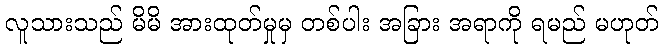
လူသားသည် မိမိ အားထုတ်မှုမှ တစ်ပါး အခြား အရာကို ရမည် မဟုတ်